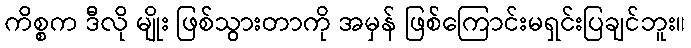
ကိစ္စက ဒီလို မျိုး ဖြစ်သွားတာကို အမှန် ဖြစ်ကြောင်းမရှင်းပြချင်ဘူး။